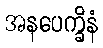
အနပေက္ခိနံ